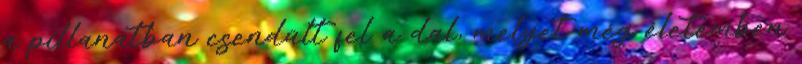
a pillanatban csendült fel a dal, melyet még életemben